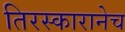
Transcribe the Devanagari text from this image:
तिरस्कारानेच